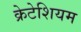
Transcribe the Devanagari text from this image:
क्रेटेशियम